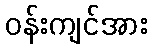
ဝန်းကျင်အား